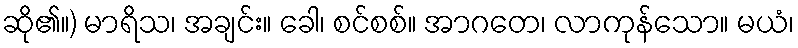
ဆို၏။) မာရိသ၊ အချင်း။ ခေါ၊ စင်စစ်။ အာဂတေ၊ လာကုန်သော။ မယံ၊